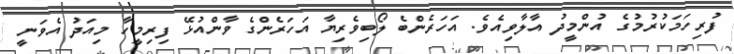
ފުރިހަމަކުރުމުގެ އުންމީދު އާލާވިއެވެ. އަހަރެންބެ ލޯބިވެރިޔާ އަހަރެންގެ ވާންއުޅޭ ފިރިމީހާ މިއަދު އެވަނީ